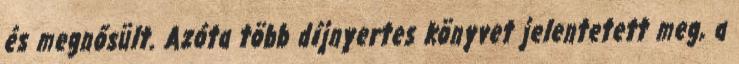
és megnősült. Azóta több díjnyertes könyvet jelentetett meg, a